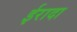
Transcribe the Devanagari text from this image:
ईरादा